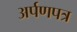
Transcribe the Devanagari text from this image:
अर्पणपत्र